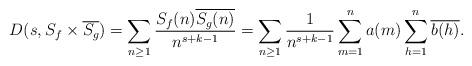
LaTeX: \begin{align*} D(s, S_f \times \overline{S_g}) = \sum_{n \geq 1} \frac{S_f(n) \overline{S_g(n)}}{n^{s + k - 1}} = \sum_{n \geq 1} \frac{1}{n^{s + k - 1}} \sum_{m = 1}^n a(m) \sum_{h = 1}^n \overline{b(h)}. \end{align*}